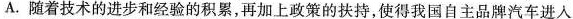
A. 随着技术的进步和经验的积累，再加上政策的扶持，使得我国自主品牌汽车进入